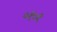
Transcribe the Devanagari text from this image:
०१०१